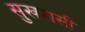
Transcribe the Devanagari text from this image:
सुखरासी